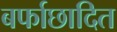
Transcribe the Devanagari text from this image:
बर्फाछादित